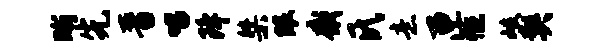
晰先晋唱降桀眼感氏意匣慨岐契